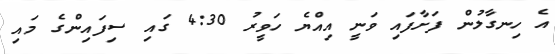
އެ ހިނގާލުން ފަށާފައި ވަނީ އިއްޔެ ހަވީރު 4:30 ގައި ސިފައިންގެ މައި